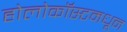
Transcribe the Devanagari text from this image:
होलोकॉस्टमधून